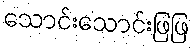
သောင်းသောင်းဖြဖြ